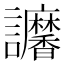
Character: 𧮠